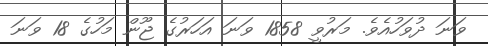
ވަނަ ދުވަހުއެވެ. މަރުވީ 1858 ވަނަ އަހަރުގެ ޖޫން މަހުގެ 18 ވަނަ